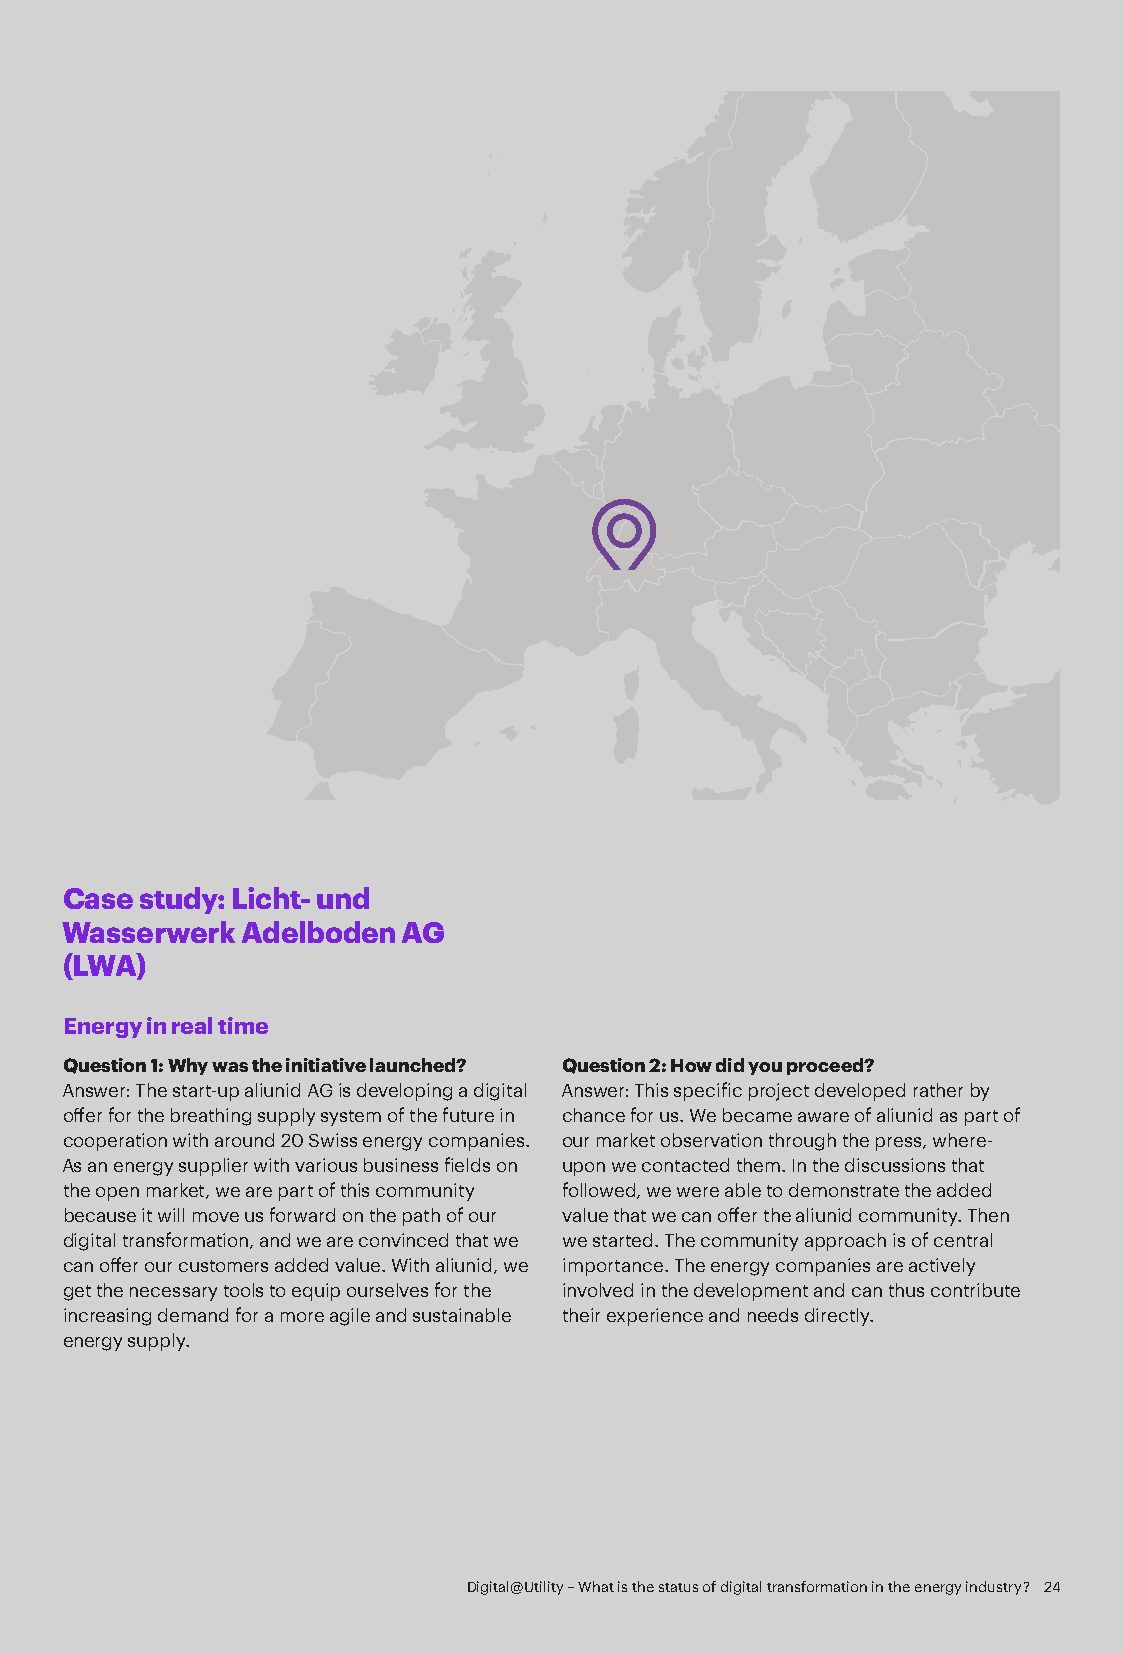
Case study: Licht- und
 Wasserwerk  Adelboden  AG
 (LWA)
 Energy in real time
 Question 1: Why was the initiative launched? Question 2: How did you proceed?
 Answer: The start-up aliunid AG is developing a digital Answer: This specific project developed rather by
 offer for the breathing supply system of the future in chance for us. We became aware of aliunid as part of
 cooperation with around 20 Swiss energy companies. our market observation through the press, where-
 As an energy supplier with various business fields on upon we contacted them. In the discussions that
 the open market, we are part of this community followed, we were able to demonstrate the added
 because it will move us forward on the path of our value that we can offer the aliunid community. Then
 digital transformation, and we are convinced that we we started. The community approach is of central
 can offer our customers added value. With aliunid, we importance. The energy companies are actively
 get the necessary tools to equip ourselves for the involved in the development and can thus contribute
 increasing demand for a more agile and sustainable their experience and needs directly.
 energy supply.
 Digital@Utility – What is the status of digital transformation in the energy industry? 24